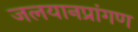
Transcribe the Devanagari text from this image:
जलयानप्रांगण